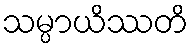
သမ္ပာယိဿတိ